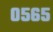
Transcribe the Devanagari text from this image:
०५६५